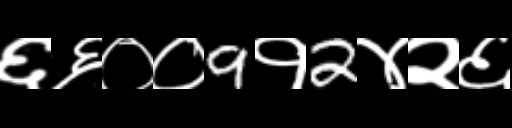
Text: ६६००9१2४२६